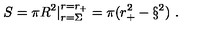
S = \pi R ^ { 2 } | _ { r = \Sigma } ^ { r = r _ { + } } = \pi ( r _ { + } ^ { 2 } - \S ^ { 2 } ) \ .